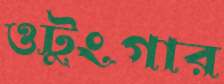
ওটুংগার